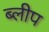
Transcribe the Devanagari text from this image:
ब्लीप